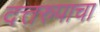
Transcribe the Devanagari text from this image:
दत्तरुपाचा